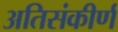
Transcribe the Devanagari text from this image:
अतिसंकीर्ण